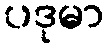
ပဒုမာ